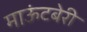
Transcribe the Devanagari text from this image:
माऊंटबेरी